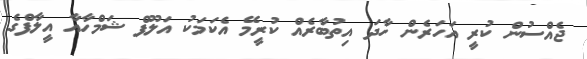
ޖެއްސުން ކުރީ އަހަރެން ހާދަ އިތުބާރެއް ކުރީމޭ އެކަމަކު އަލޫފް ޝަމްހާއާ އީލާފްގެ